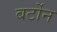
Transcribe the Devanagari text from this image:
बर्टोन